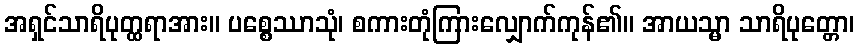
အရှင်သာရိပုတ္ထရာအား။ ပစ္စေဿာသုံ၊ စကားတုံကြားလျှောက်ကုန်၏။ အာယသ္မာ သာရိပုတ္တော၊